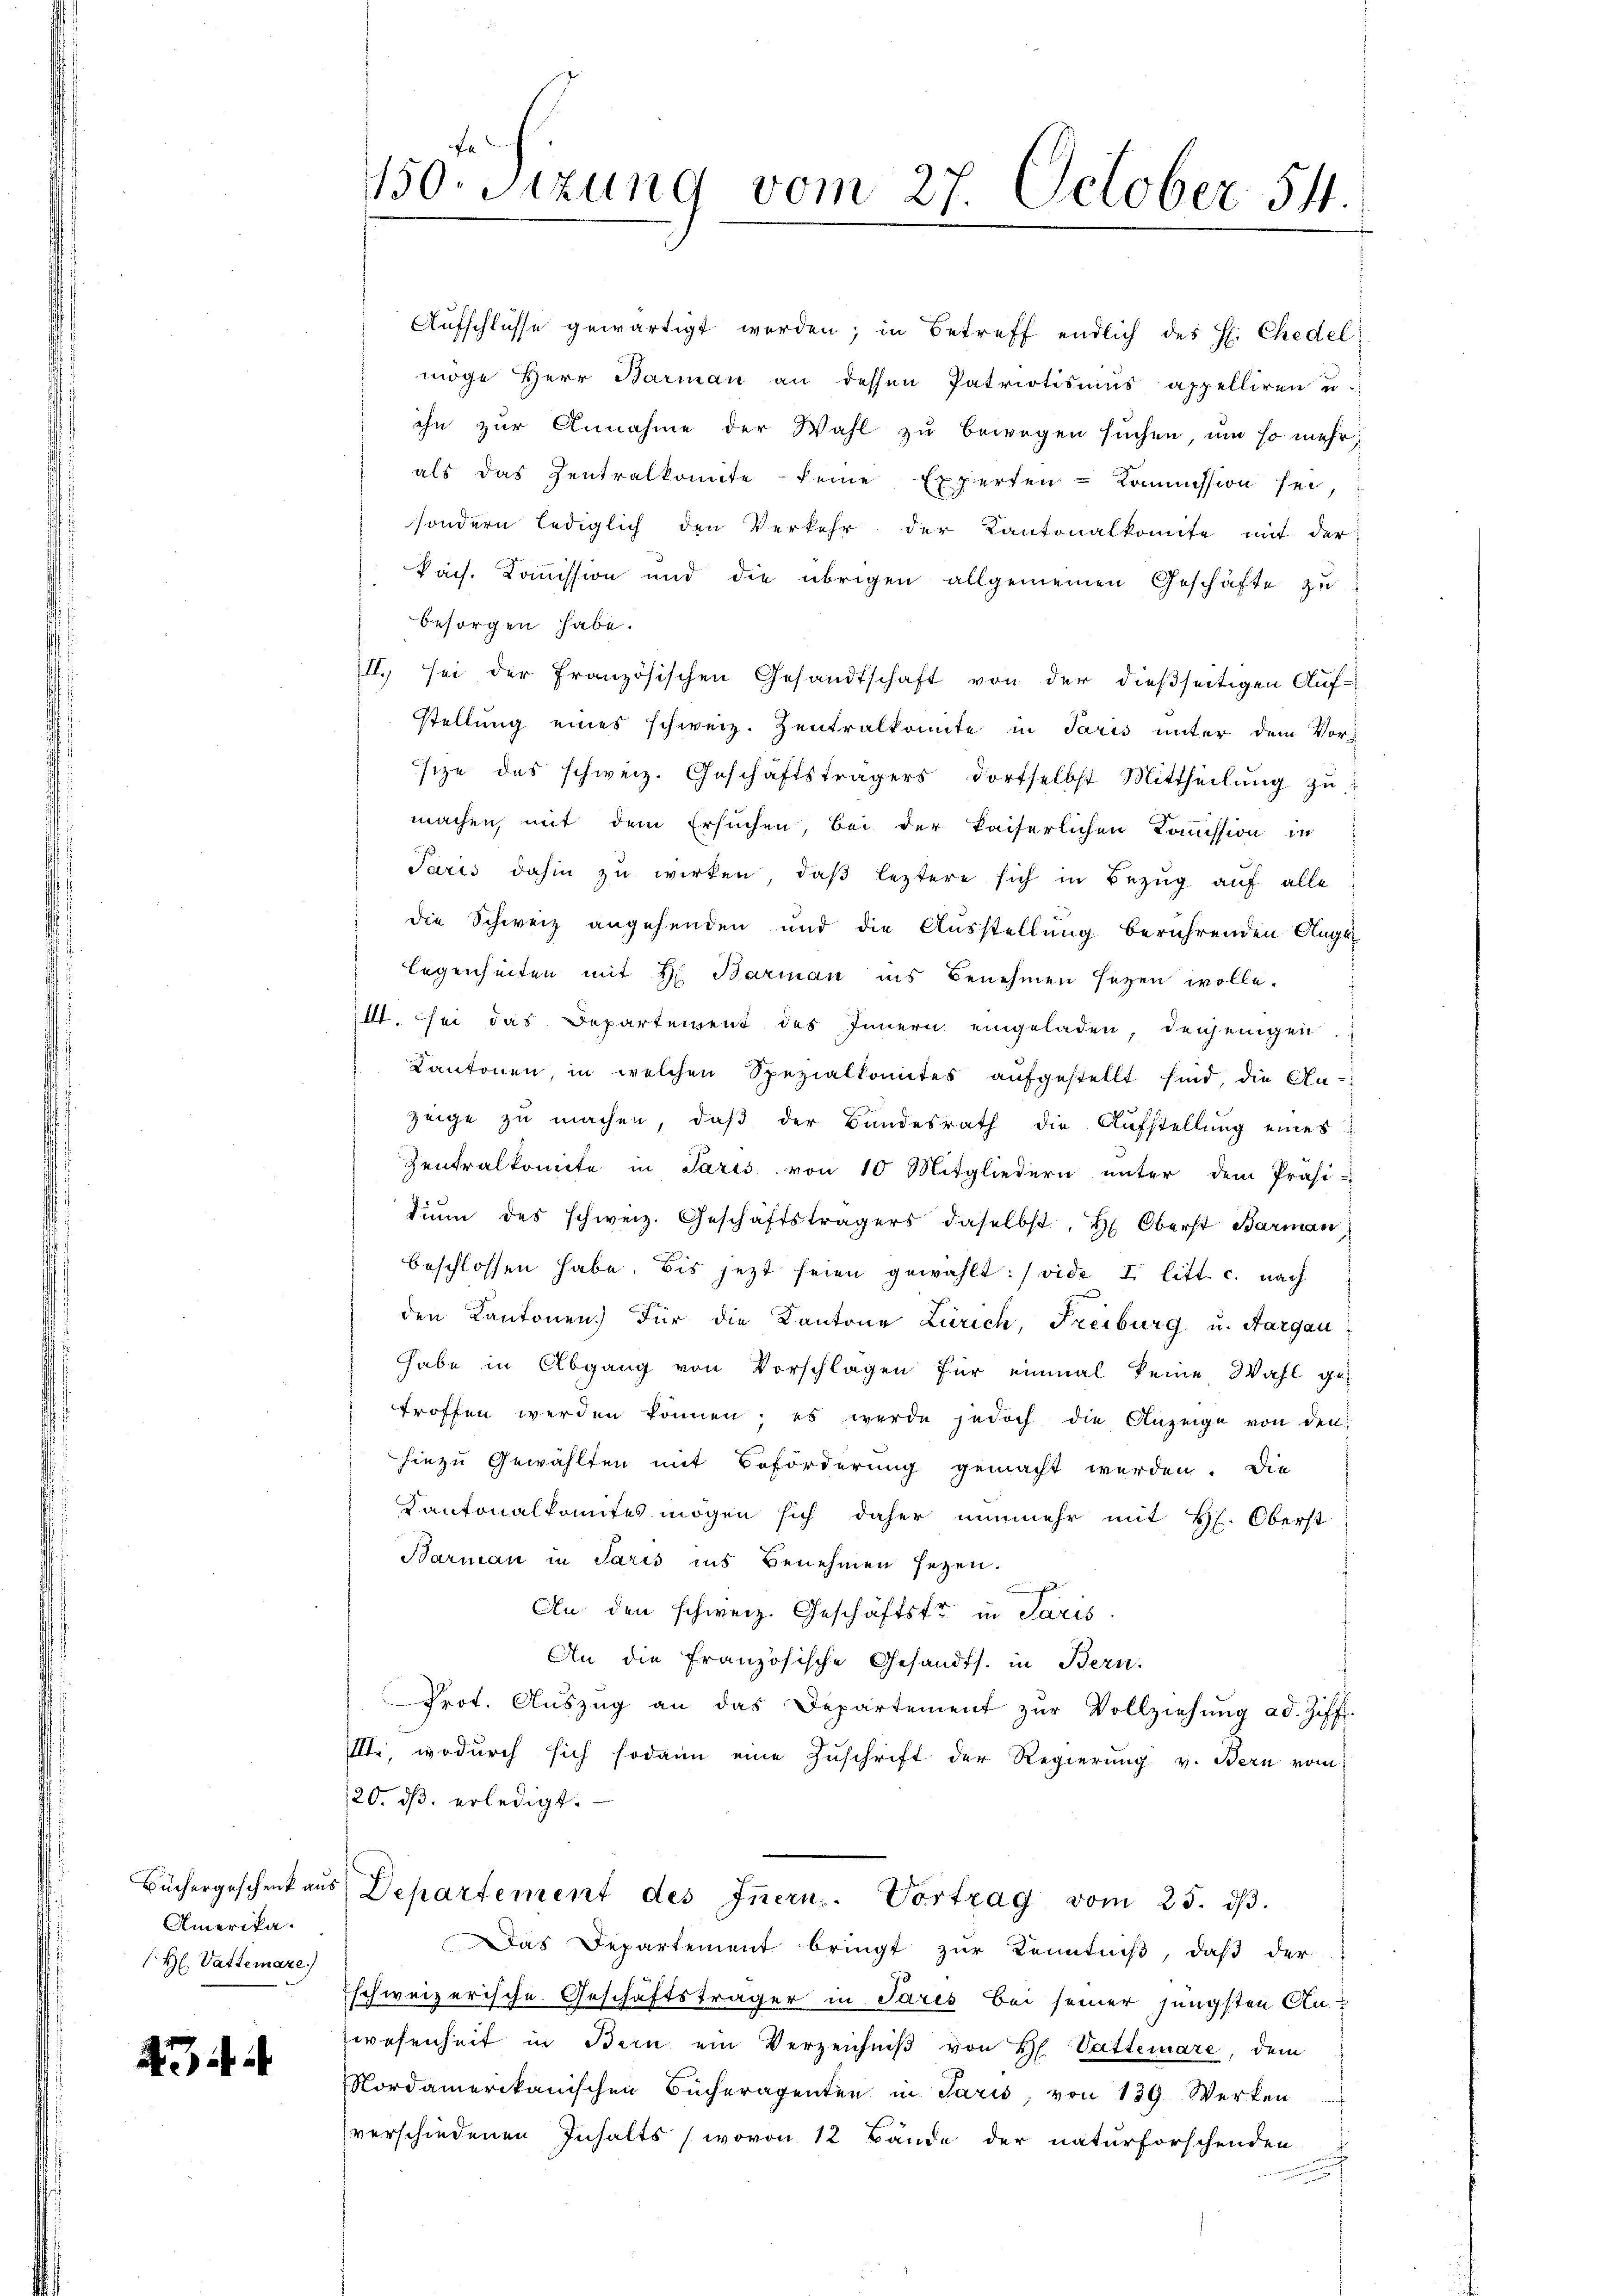
Amerika.
H. Vatte mare)

43

150. sizung vom 27. October 54.

Aŭfschlüsse gewärtigt werden; in Betreff endlich des H: Chedel
möge Herr Barman an dessen Patriotismus appelliren u.
ihn zur Annahme der Wahl zu bewegen suchen, um so mehr,
als das Zentralkomite seine Experten-Kommission sei,
sondern lediglich den Verkehr der Kantonalkomite mit der
kais. Kommission und die übrigen allgemeinen Geschäfte zu
besorgen habe.
II.) sei der französischen Gesandtschaft von der dießseitigen Auf-
stellung eines schweiz. Zentralkomite in Paris unter dem Vorsize des schweiz. Geschäftsträgers dortselbst Mittheilŭng zŭ
machen, mit dem Ersuchen, bei der kaiserlichen Komission in
Paris dahin zu wirken, daβ leztere sich in Bezug auf alle
die Schweiz angehenden und die Ausstellung berührenden Auge
legenheiten mit H. Barian ins Benehmen seyen wolle.
1. sei das Departement des Innern eingeladen, denjenigen
Kantonen, in welchen Spezialkomites aufgestellt sind, die An-
zeige zu machen, daß der Bundesrath die Aufstellung eines
Zentralkomite in Paris von 10 Mitgliedern unter dem Präsi-
diŭm des schweiz. Geschäftsträgers daselbst, Hr. Oberst Barman,
beschlossen habe. Bis jetzt seien gewählt: / vide I. litt. c. nach
den Kantonen. Für die Kantone Zürich, Freiburg u. Aargau
habe in Abgang von Vorschlagen für einmal keine Wahl getroffen werden können; es werde jedoch die Anzeige von den
hiezu Gewählten mit Beförderung gemacht werden. Die
Kantonalkomites mögen sich daher nunmehr mit H. Oberst
Barman in Paris ins Benehmen seyen.
An den schweiz. Geschäftstr in Paris.
An die französische Gesandts. in Bern.
Prot. Aŭszŭg an das Departement zŭr Vollziehŭng ad. Ziff.
III., wodurch sich sodann eine Zuschrift der Regierung v. Bern vom
20. ds. erledigt.
Büchergeschenk aŭs Departement des Innern. Vortrag vom 25. dβ.
Das Departement bringt zur Kenntniß, daß der
Eschweizerische Geschäftsträger in Pares bei seiner jüngsten An-
wesenheit in Bern ein Verzeichniβ von H. Vatterare, dem
Nordamerikanischen Bücheragenten in Paris, von 139. Werken
verschiedenen Inhalts (wovon 12 Bände der naturforschenden
.